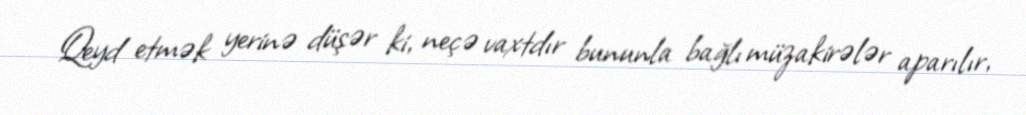
Qeyd etmək yerinə düşər ki, neçə vaxtdır bununla bağlı müzakirələr aparılır,